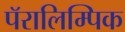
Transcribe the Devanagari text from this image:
पॅरालिम्पिक